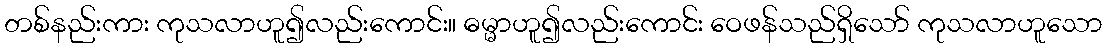
တစ်နည်းကား ကုသလာဟူ၍လည်းကောင်း။ ဓမ္မာဟူ၍လည်းကောင်း ဝေဖန်သည်ရှိသော် ကုသလာဟူသော